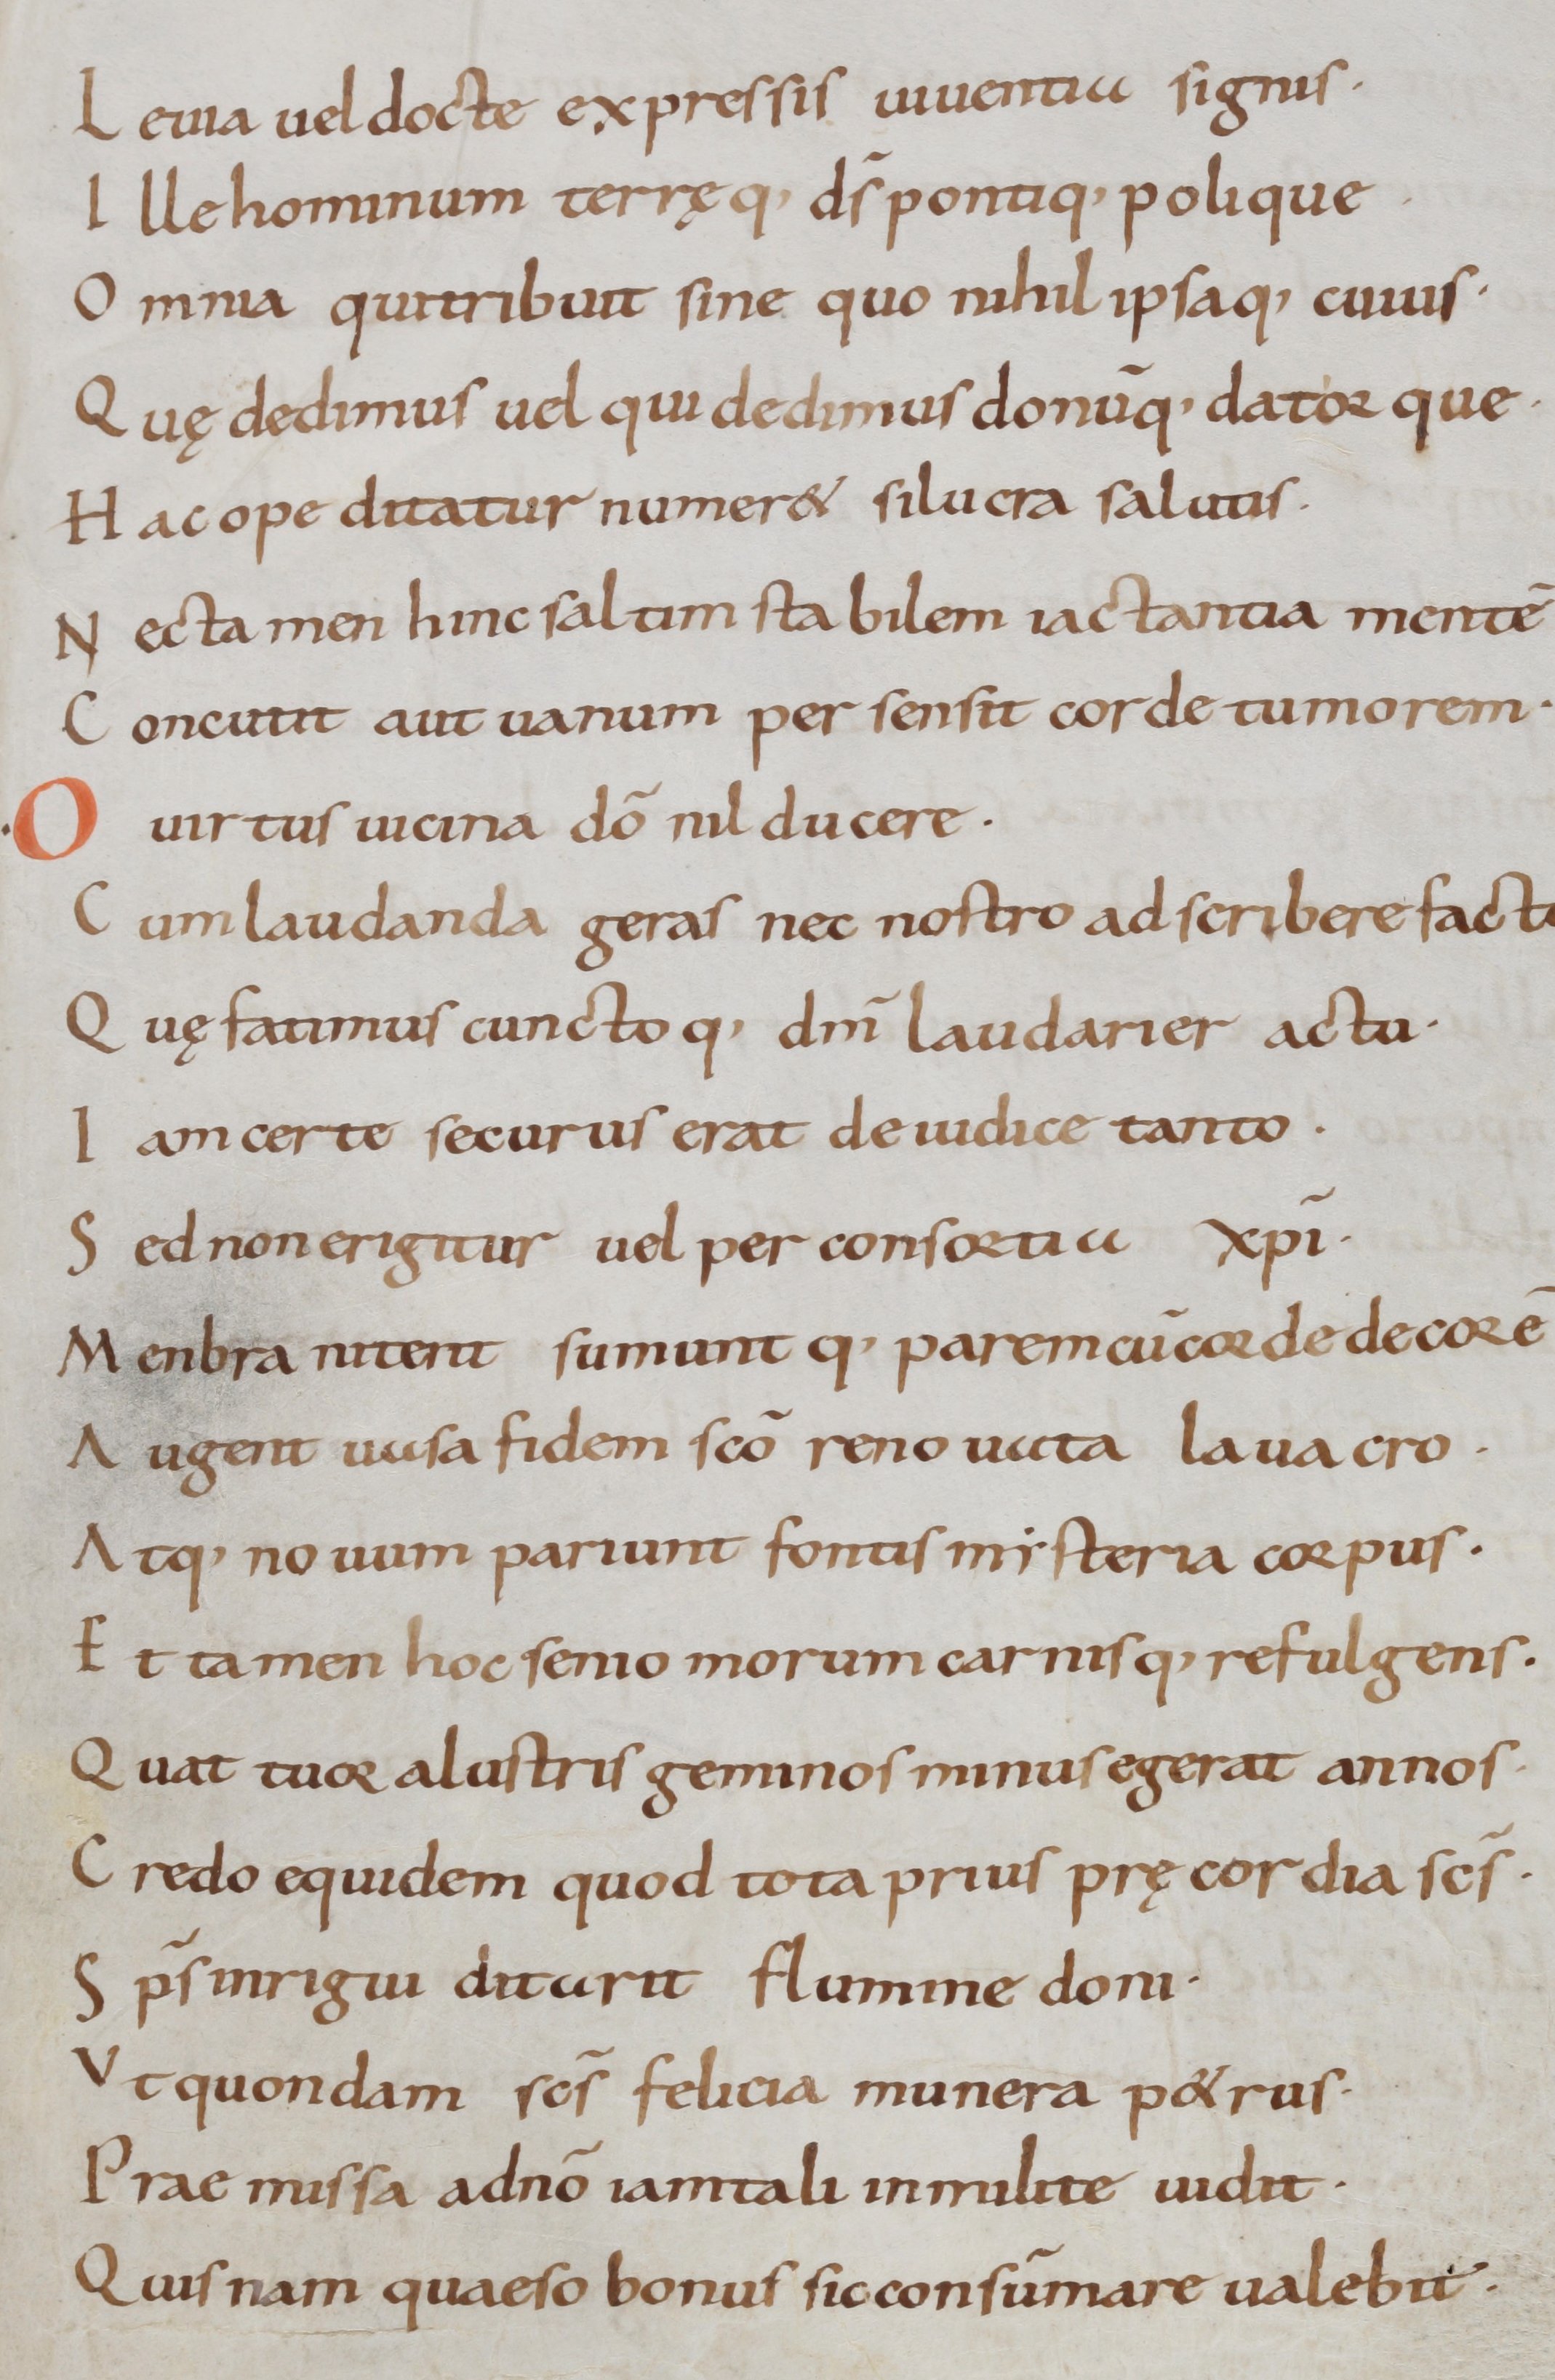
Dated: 800–999